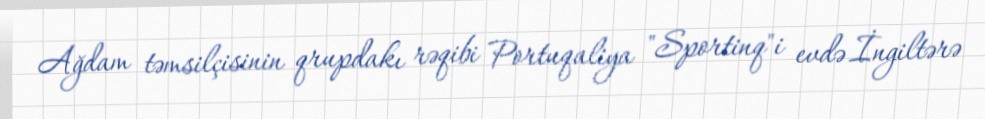
Ağdam təmsilçisinin qrupdakı rəqibi Portuqaliya "Sportinq"i evdə İngiltərə